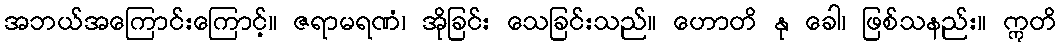
အဘယ်အကြောင်းကြောင့်။ ဇရာမရဏံ၊ အိုခြင်း သေခြင်းသည်။ ဟောတိ နု ခေါ၊ ဖြစ်သနည်း။ ဣတိ